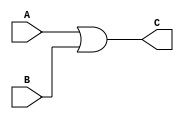
module or2gate(A,B,C);
	input A,B;
	output C;
	assign C = A|B;
endmodule